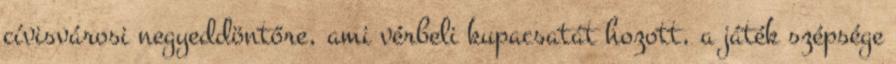
cívisvárosi negyeddöntőre, ami vérbeli kupacsatát hozott, a játék szépsége